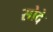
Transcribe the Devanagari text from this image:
सोदे